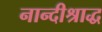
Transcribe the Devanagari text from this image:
नान्दीश्राद्ध